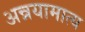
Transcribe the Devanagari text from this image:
अन्नयामात्य